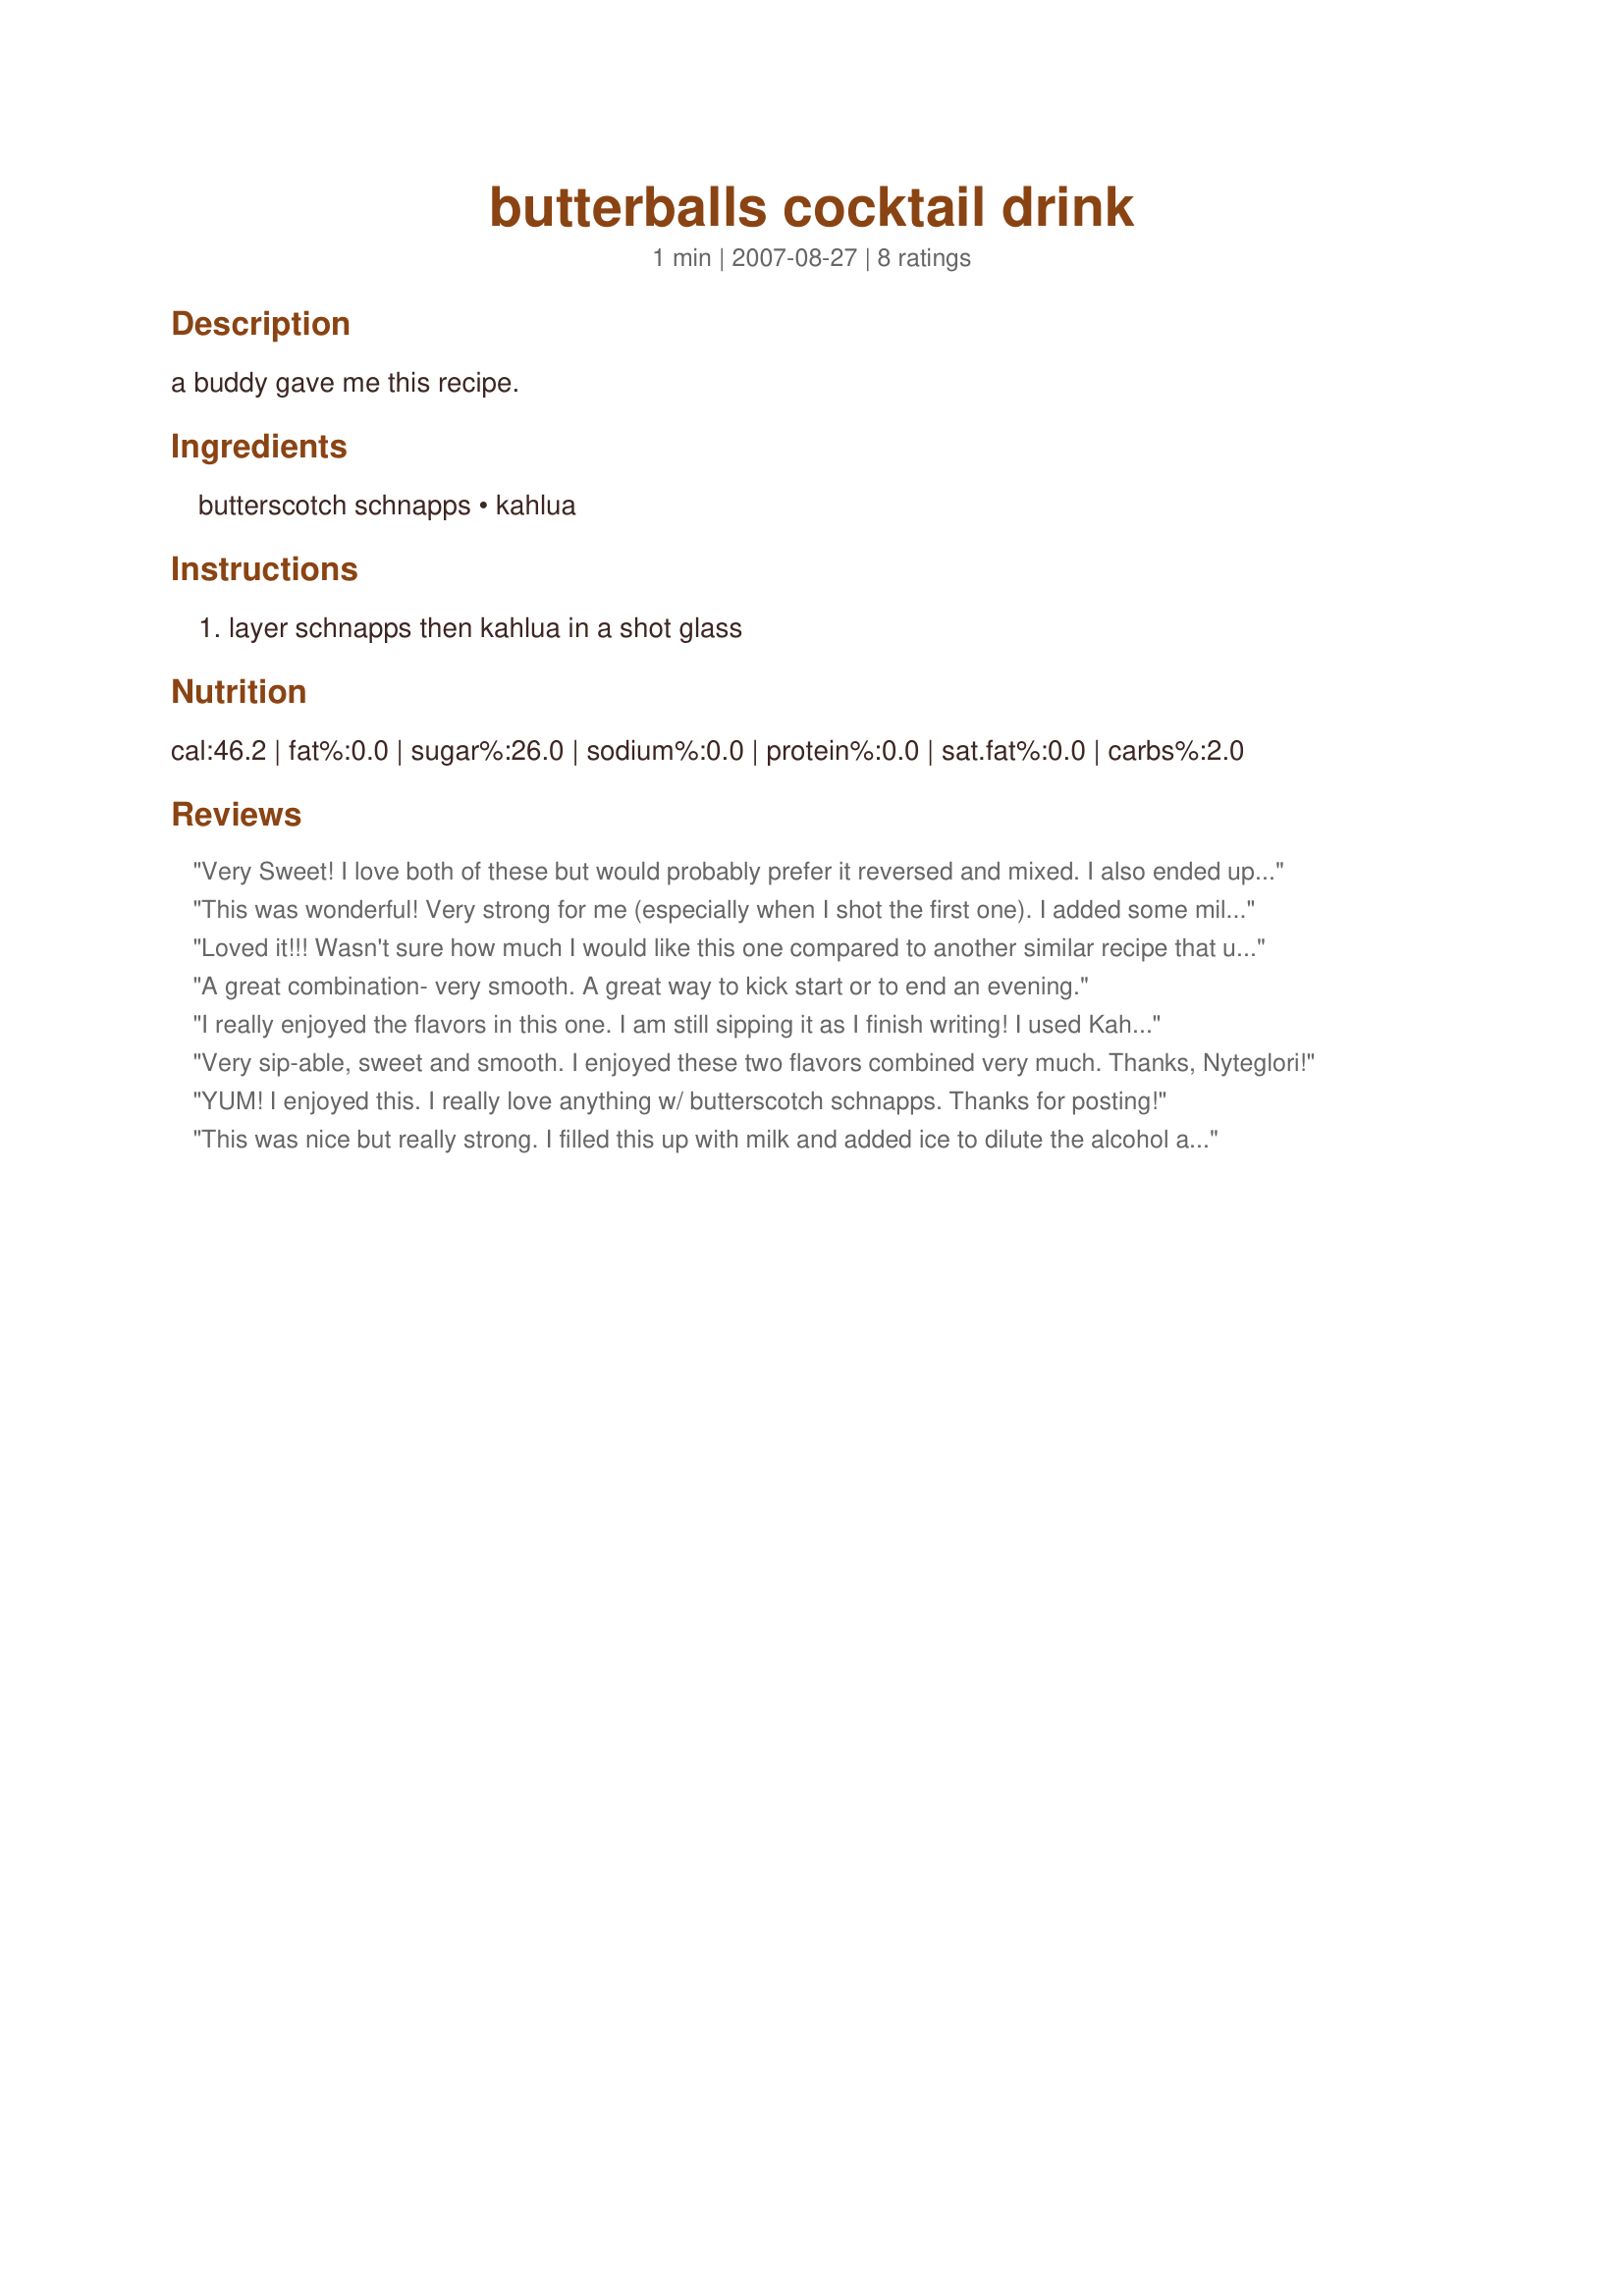
butterballs cocktail drink
Preparation time: 1 minutes

a buddy gave me this recipe.

Ingredients:
butterscotch schnapps, kahlua

Steps:
layer schnapps then kahlua in a shot glass

Reviews:
Very Sweet! I love both of these but would probably prefer it reversed and mixed. I also ended up adding milk. Made for Beverage Tag.
This was wonderful! Very strong for me (especially when I shot the first one). I added some milk and invited my neighbor over and we gossiped and sipped for quite a while. Thanks for a great drink!
Loved it!!! Wasn't sure how much I would like this one compared to another similar recipe that uses Bailey's instead of the Kahlua, but enjoyed this as much as the other drink!! Thanks for sharing the recipe. Made for PRMR Tag Game.
A great combination- very smooth. A great way to kick start or to end an evening.
I really enjoyed the flavors in this one. I am still sipping it as I finish writing! I used Kahlua Especial (as it is what I have on hand and is my prefrred Kahlua). ;) Great nightcap to sip on!
Very sip-able, sweet and smooth. I enjoyed these two flavors combined very much. Thanks, Nyteglori!
YUM! I enjoyed this. I really love anything w/ butterscotch schnapps. Thanks for posting!
This was nice but really strong. I filled this up with milk and added ice to dilute the alcohol a bit but how can you go wrong with these 2 combined. Yum!
